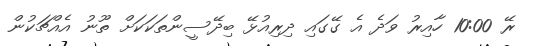
ރޭ 10:00 ހާއިރު ވަދެ އެ ގޭގައި ދިރިއުޅޭ ބިދޭސީންތަކަކަށް ތޫނު އެއްޗަކުން